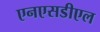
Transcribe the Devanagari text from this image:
एनएसडीएल